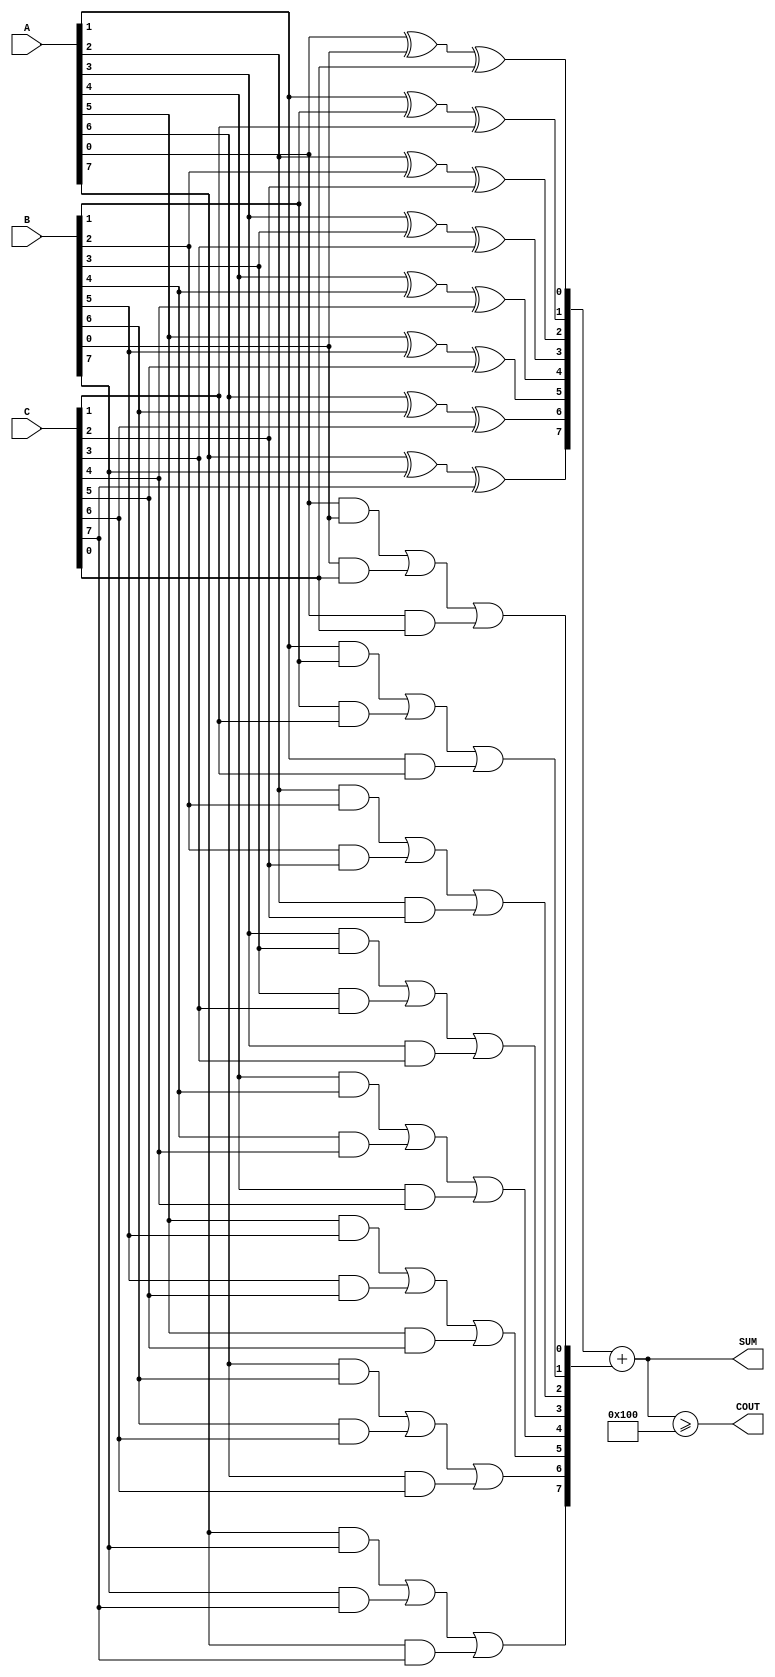
module CarrySaveAdder #(
    parameter WIDTH = 8,  // Width of the input operands
    parameter NUM_OPERANDS = 3  // Number of operands to add
)(
    input [WIDTH-1:0] A,
    input [WIDTH-1:0] B,
    input [WIDTH-1:0] C,
    output [WIDTH-1:0] SUM,
    output COUT
);

    // Intermediate wires for sum and carry outputs
    wire [WIDTH-1:0] sum_temp;
    wire [WIDTH-1:0] carry_temp;

    // Generate full adders for each bit position
    genvar i;
    generate
        for (i = 0; i < WIDTH; i = i + 1) begin : CSA
            wire a_bit = (i < WIDTH) ? A[i] : 0;
            wire b_bit = (i < WIDTH) ? B[i] : 0;
            wire c_bit = (i < WIDTH) ? C[i] : 0;

            assign sum_temp[i] = a_bit ^ b_bit ^ c_bit; // Sum output
            assign carry_temp[i] = (a_bit & b_bit) | (b_bit & c_bit) | (a_bit & c_bit); // Carry output
        end
    endgenerate

    // Now we have sum_temp and carry_temp from the CSA stage
    // Assuming a reduction tree can include two simple additions in this example
    wire [WIDTH-1:0] final_sum;
    wire [WIDTH-1:0] final_carry;

    // Use an additional adder to reduce sum_temp and carry_temp
    assign final_sum = sum_temp + carry_temp;

    // Output results
    assign SUM = final_sum;
    assign COUT = (final_sum >= (1 << WIDTH));  // Carry out if sum exceeds maximum representable value

endmodule